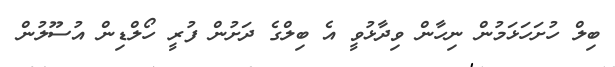
ބިލް ހުށަހަޅަމުން ނިހާން ވިދާޅުވީ އެ ބިލްގެ ދަށުން ފުރީ ހޯލްޑިން އުސޫލުން